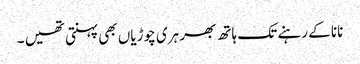
نانا کے رہنے تک ہاتھ بھر ہری چوڑیاں بھی پہنتی تھیں ۔